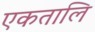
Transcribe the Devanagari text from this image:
एकतालि